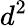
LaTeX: d^{2}